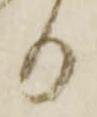
り